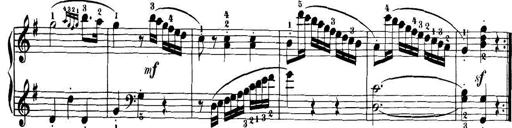
Title: 32 Sonatinas and Rondos for the Piano
Composer: Richard Kleinmichel